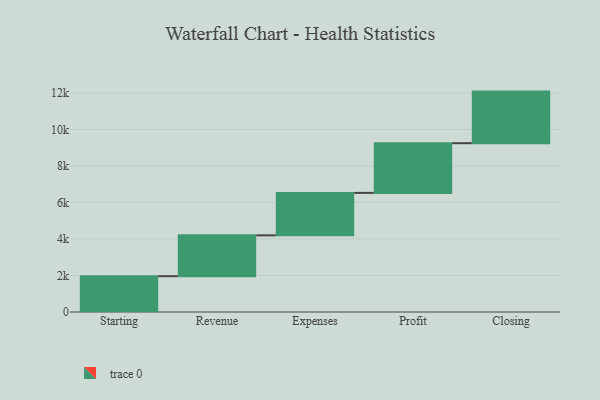
{"axis": {"x": "Step", "y": "Value"}, "legend": [""], "data": [{"x": "Starting", "y": 1961.0, "type": ""}, {"x": "Revenue", "y": 2239.0, "type": ""}, {"x": "Expenses", "y": 2326.0, "type": ""}, {"x": "Profit", "y": 2723.0, "type": ""}, {"x": "Closing", "y": 2827.0, "type": ""}]}